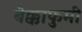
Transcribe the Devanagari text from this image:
बेक्काफुमी